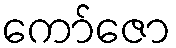
ကော်ဇော